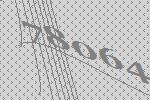
78064